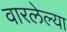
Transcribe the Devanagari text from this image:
वारलेल्या